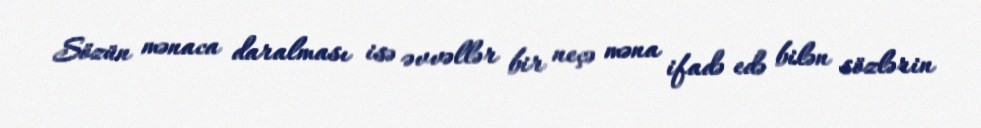
Sözün mənaca daralması isə əvvəllər bir neçə məna ifadə edə bilən sözlərin